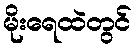
မိုးရေထဲတွင်